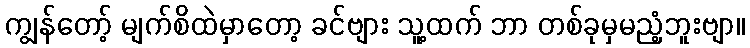
ကျွန်တော့် မျက်စိထဲမှာတော့ ခင်ဗျား သူ့ထက် ဘာ တစ်ခုမှမညံ့ဘူးဗျာ။